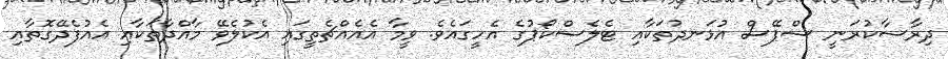
ދިރާސާކުރަނީ ސްޕޭސް އުޅަނދުތަކާއި ޓެލެސްކޯޕުގެ އެހީގައެވެ. ވީމާ އެއެއްޗެތީގައި އެކުލެވޭ މާއްދާތަކާއި އެއުފެދޭގޮތާއި